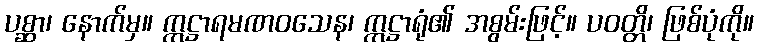
ပစ္ဆာ၊ နောက်မှ။ ဣဋ္ဌာရမဏဝသေန၊ ဣဋ္ဌာရုံ၏ အစွမ်းဖြင့်။ ပဝတ္တိ၊ ဖြစ်ပုံကို။